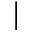
|